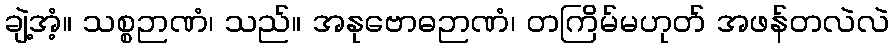
ချဲ့အံ့။ သစ္စဉာဏံ၊ သည်။ အနုဗောဓဉာဏံ၊ တကြိမ်မဟုတ် အဖန်တလဲလဲ